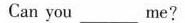
Can you____me?